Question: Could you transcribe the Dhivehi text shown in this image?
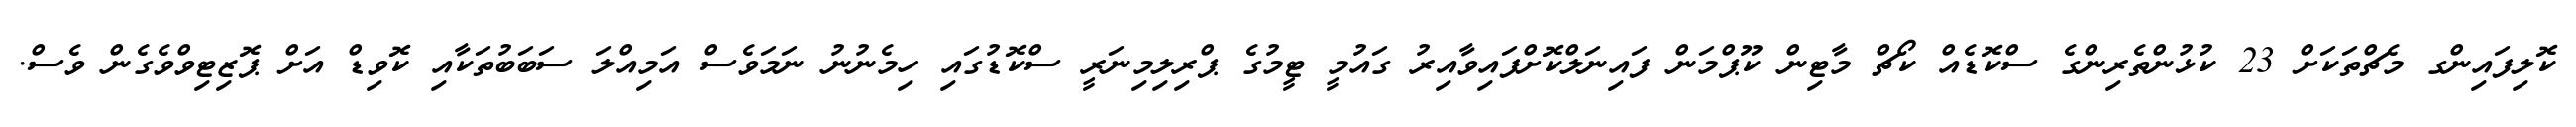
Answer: ކޮލިފައިންގ މެޗްތަކަށް 23 ކުޅުންތެރިންގެ ސްކޮޑެއް ކޯޗް މާޓިން ކޫޕްމަން ފައިނަލްކޮށްފައިވާއިރު ގައުމީ ޓީމުގެ ޕްރިލިމިނަރީ ސްކޮޑުގައި ހިމެނުނު ނަމަވެސް އަމިއްލަ ސަބަބުތަކާއި ކޮވިޑް އަށް ޕޮޒިޓިވްވެގެން ވެސް.